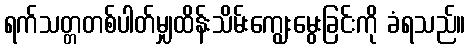
ရက်သတ္တတစ်ပါတ်မျှထိန်းသိမ်းကျွေးမွေးခြင်းကို ခံရသည်။